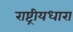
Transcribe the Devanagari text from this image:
राष्ट्रीयधारा